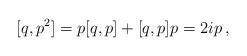
LaTeX: \begin{align*}[q,p^2] =p[q,p]+[q,p]p=2ip \, ,\end{align*}